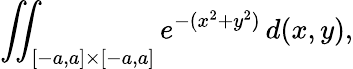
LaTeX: \iint_{[-a,a]\times[-a,a]}e^{-(x^{2}+y^{2})}\, d(x,y),